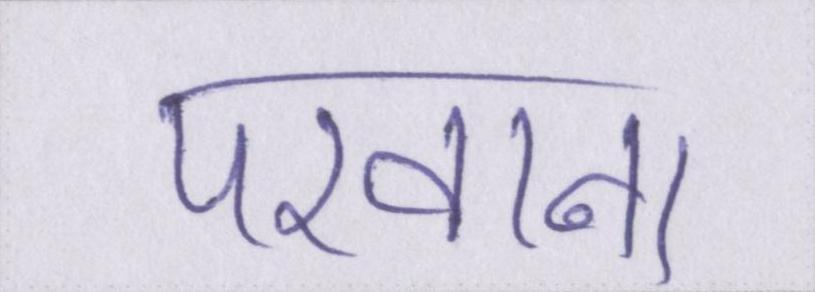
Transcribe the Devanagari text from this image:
परवाना